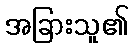
အခြားသူ၏